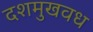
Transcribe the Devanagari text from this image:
दशमुखवध